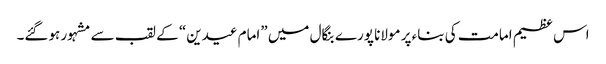
اس عظیم امامت کی بناء پر مولانا پورے بنگال میں ”امام عیدین“ کے لقب سے مشہور ہوگئے۔